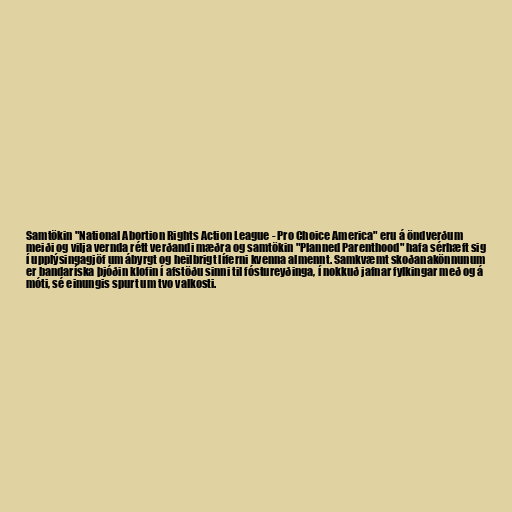
Samtökin "National Abortion Rights Action League - Pro Choice America" eru á öndverðum
meiði og vilja vernda rétt verðandi mæðra og samtökin "Planned Parenthood" hafa sérhæft sig
í upplýsingagjöf um ábyrgt og heilbrigt líferni kvenna almennt. Samkvæmt skoðanakönnunum
er bandaríska þjóðin klofin í afstöðu sinni til fóstureyðinga, í nokkuð jafnar fylkingar með og á
móti, sé einungis spurt um tvo valkosti.